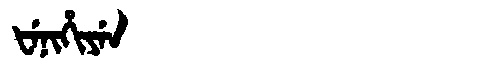
Manchu: ᡶᡝᠨᡳᡥᡳᠶᡝᠨ
Romanization: FENIHIYEN